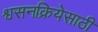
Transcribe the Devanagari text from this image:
श्वसनक्रियेसाठी